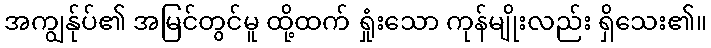
အကျွန်ုပ်၏ အမြင်တွင်မူ ထို့ထက် ရှုံးသော ကုန်မျိုးလည်း ရှိသေး၏။